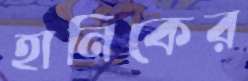
হানিকের